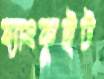
ব্যাংকুইট